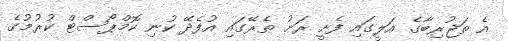
އެ ތަޖުރިބާގެ އަލީގައި ފެށީ ރަށު ތެރޭގައި އުފެދޭ ކުނި ކޮމްޕޯސްޓް ކުރުމުގެ